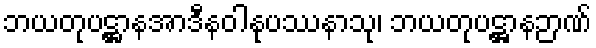
ဘယတုပဋ္ဌာနအာဒီနဝါနုပဿနာသု၊ ဘယတုပဋ္ဌာနဉာဏ်